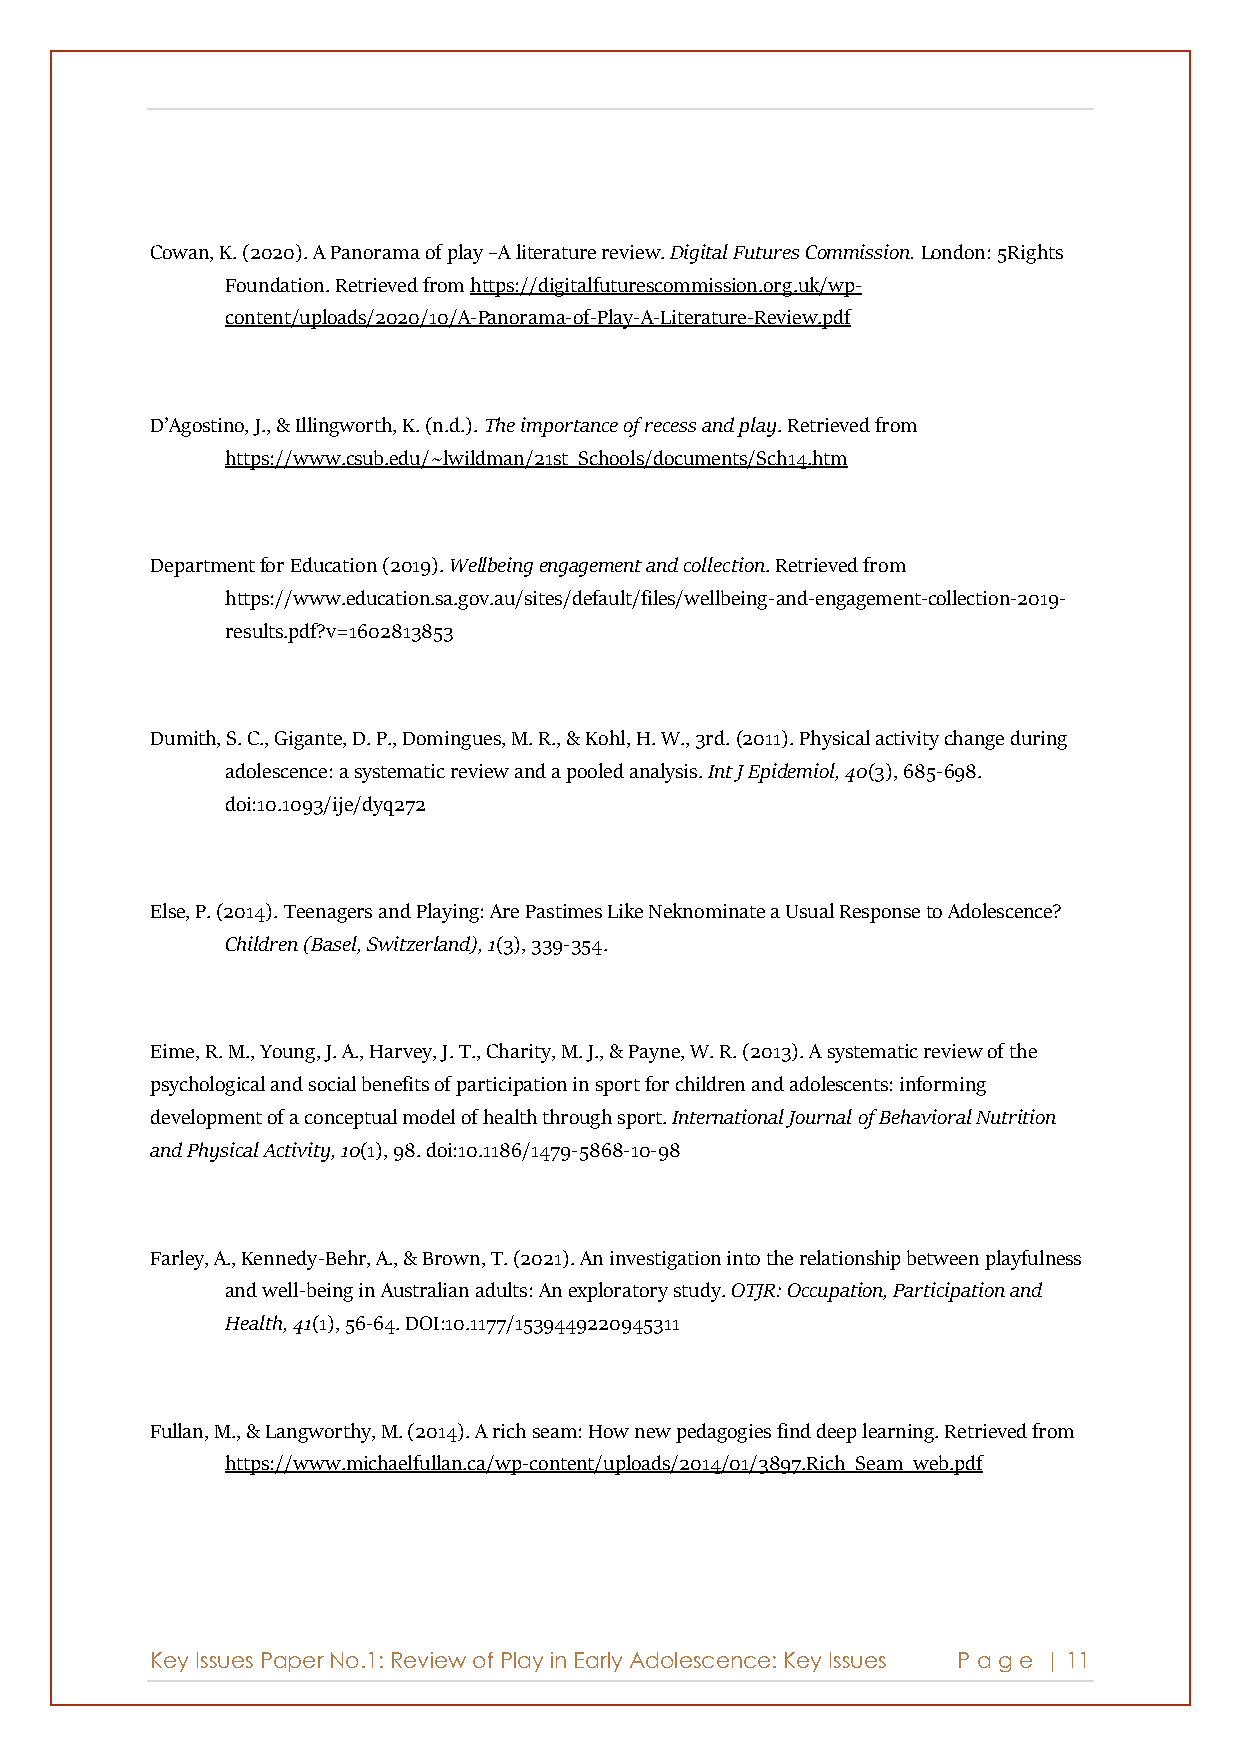
Cowan, K. (2020). A Panorama of play –A literature review. Digital Futures Commission. London: 5Rights
 Foundation. Retrieved from https://digitalfuturescommission.org.uk/wp-
 content/uploads/2020/10/A-Panorama-of-Play-A-Literature-Review.pdf
 D’Agostino, J., & Illingworth, K. (n.d.). The importance of recess and play. Retrieved from
 https://www.csub.edu/~lwildman/21st_Schools/documents/Sch14.htm
 Department for Education (2019). Wellbeing engagement and collection. Retrieved from
 https://www.education.sa.gov.au/sites/default/files/wellbeing-and-engagement-collection-2019-
 results.pdf?v=1602813853
 Dumith, S. C., Gigante, D. P., Domingues, M. R., & Kohl, H. W., 3rd. (2011). Physical activity change during
 adolescence: a systematic review and a pooled analysis. Int J Epidemiol, 40(3), 685-698.
 doi:10.1093/ije/dyq272
 Else, P. (2014). Teenagers and Playing: Are Pastimes Like Neknominate a Usual Response to Adolescence?
 Children (Basel, Switzerland), 1(3), 339-354.
 Eime, R. M., Young, J. A., Harvey, J. T., Charity, M. J., & Payne, W. R. (2013). A systematic review of the
 psychological and social benefits of participation in sport for children and adolescents: informing
 development of a conceptual model of health through sport. International Journal of Behavioral Nutrition
 and Physical Activity, 10(1), 98. doi:10.1186/1479-5868-10-98
 Farley, A., Kennedy-Behr, A., & Brown, T. (2021). An investigation into the relationship between playfulness
 and well-being in Australian adults: An exploratory study. OTJR: Occupation, Participation and
 Health, 41(1), 56-64. DOI:10.1177/1539449220945311
 Fullan, M., & Langworthy, M. (2014). A rich seam: How new pedagogies find deep learning. Retrieved from
 https://www.michaelfullan.ca/wp-content/uploads/2014/01/3897.Rich_Seam_web.pdf
 Key Issues Paper No.1: Review of Play in Early Adolescence: Key Issues P age | 11